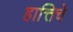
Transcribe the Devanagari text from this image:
हात्तिचे